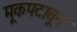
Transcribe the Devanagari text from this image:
मूकपटातून